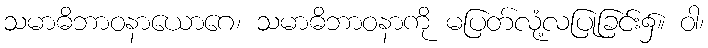
သမာဓိဘာဝနာယောဂေ၊ သမာဓိဘာဝနာကို မပြတ်လုံ့လပြုခြင်း၌။ ဝါ၊